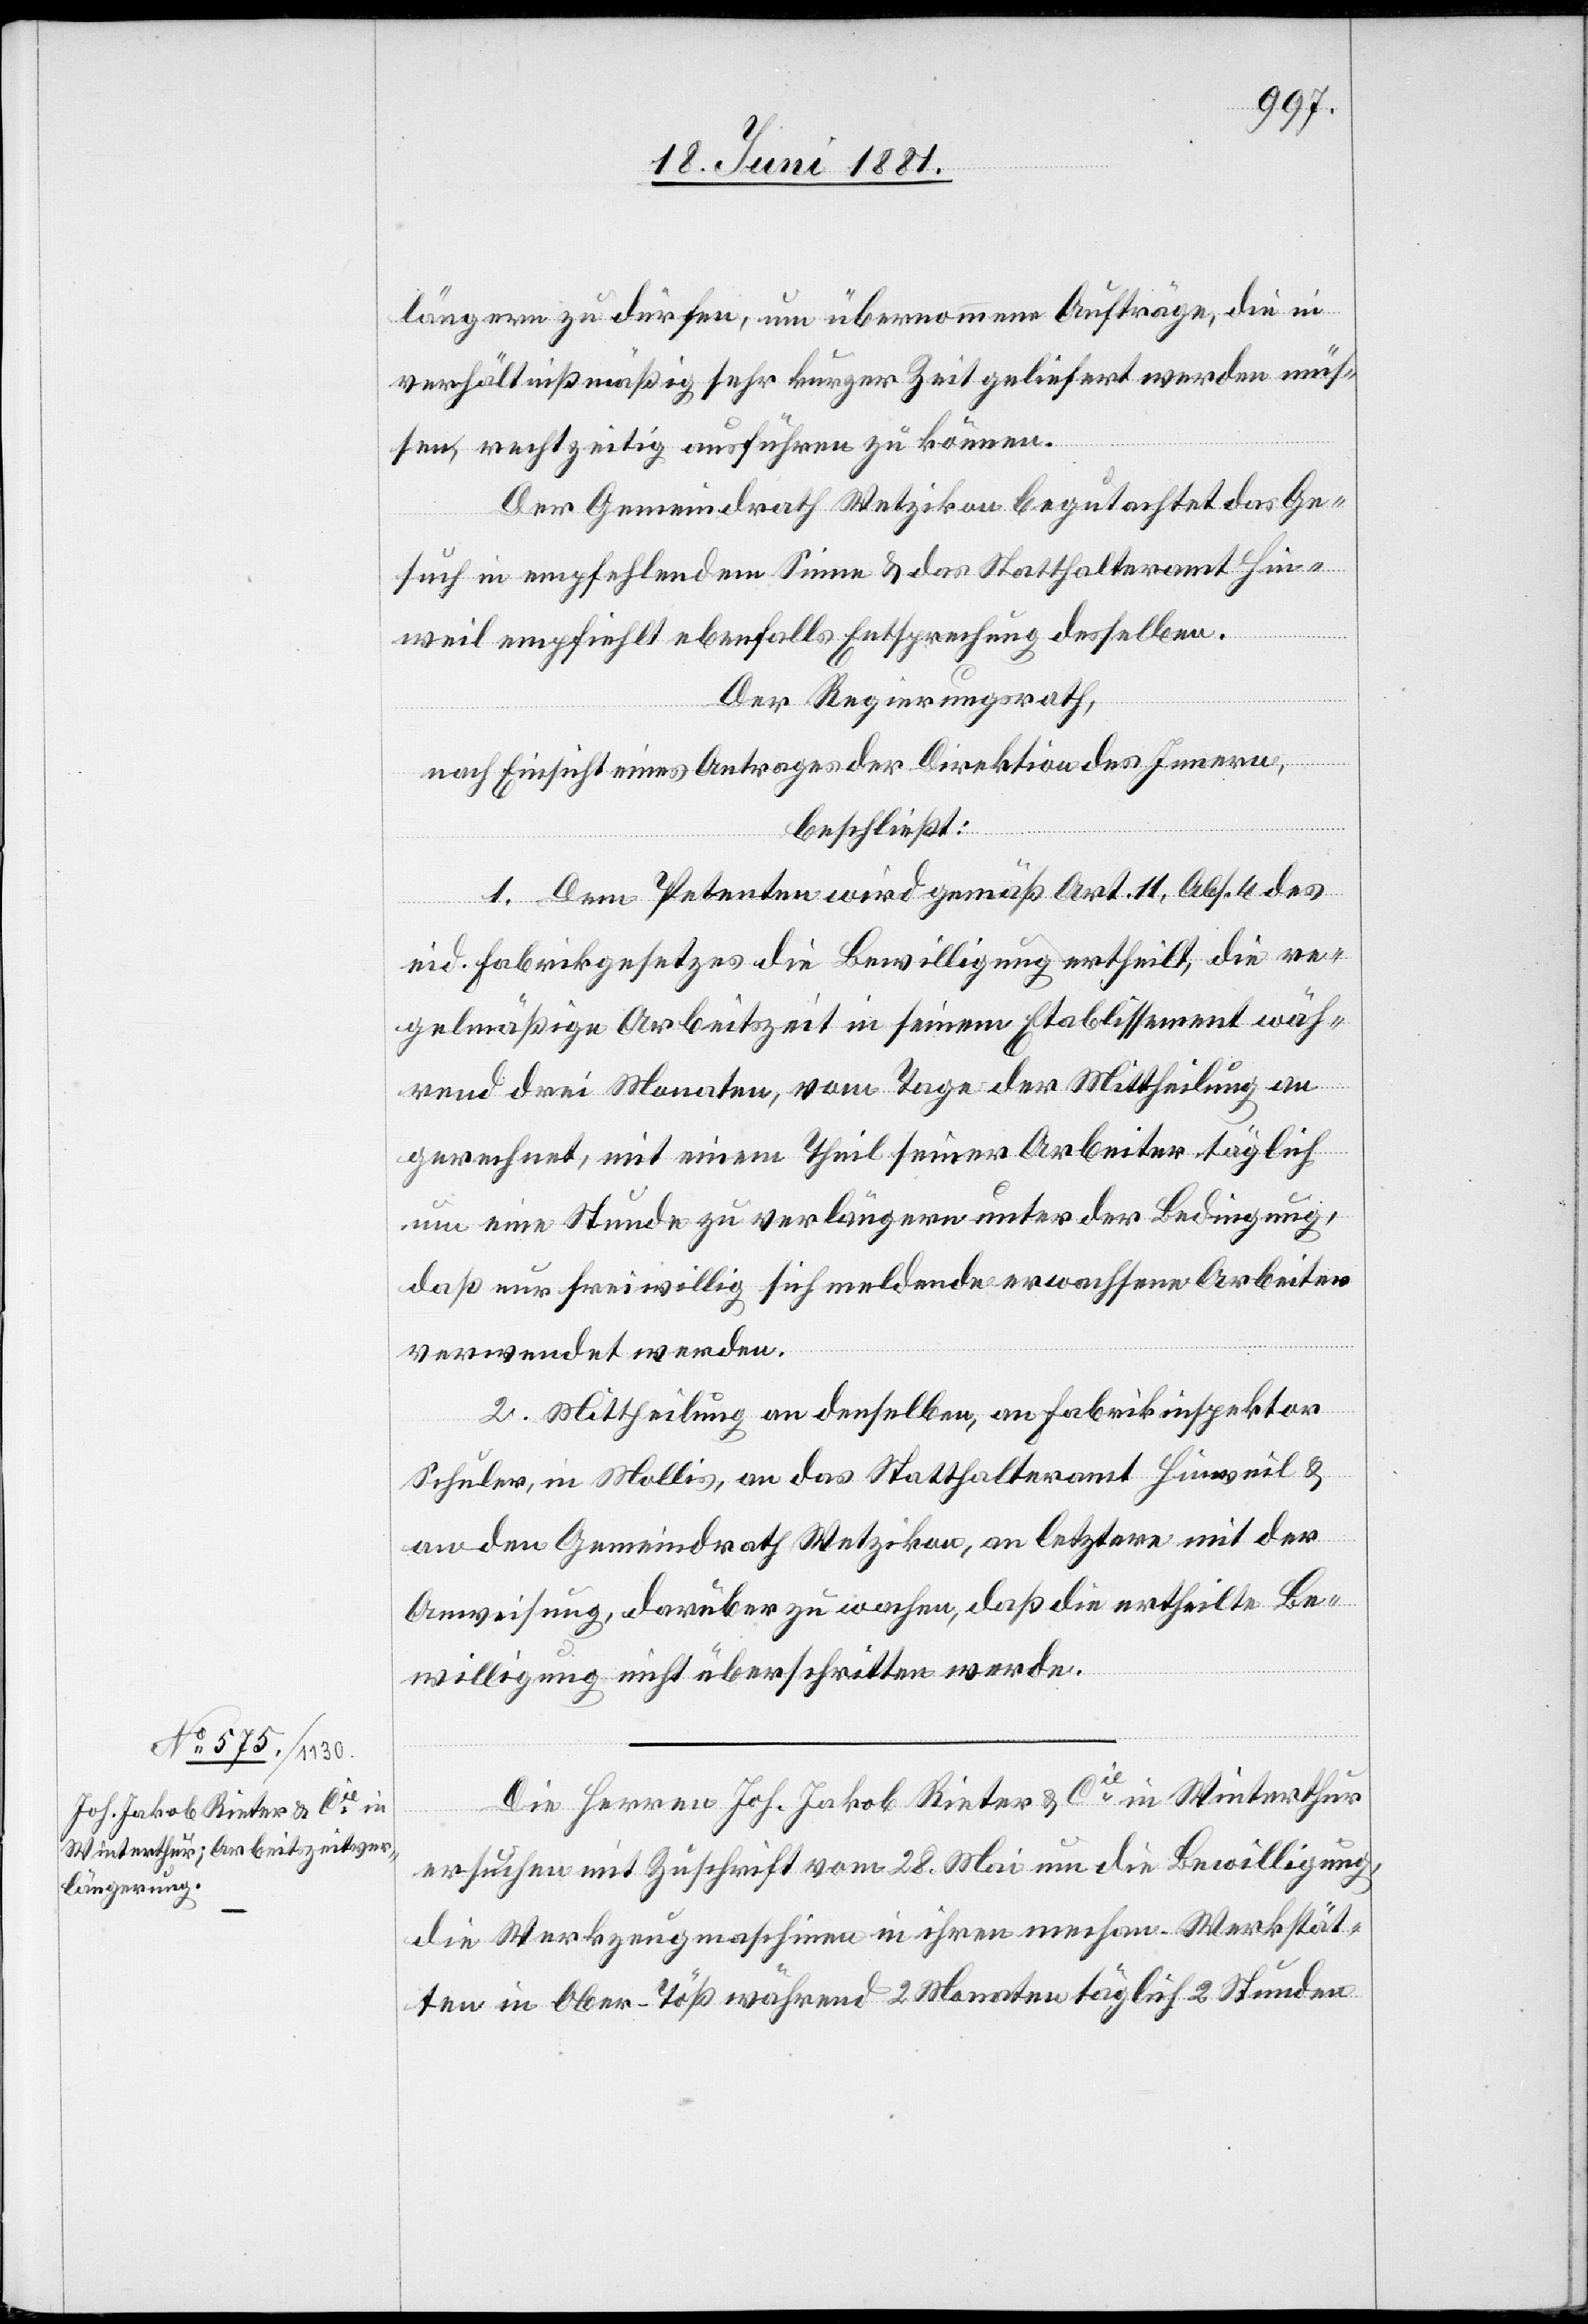
längern zu dürfen, um übernommene Aufträge, die in
verhältnißmäßig sehr kurzer Zeit geliefert werden müs¬
sen, rechtzeitig ausführen zu können.
Der Gemeindrath Wetzikon begutachtet das Ge¬
such in empfehlenden Sinne & das Statthalteramt Hin¬
weil empfiehlt ebenfalls Entsprechung desselben.
Der Regierungsrath,
nach Einsicht eines Antrages der Direktion des Innern,
beschließt:
1. Dem Petenten wird gemäß Art. 11, Abs. 4 des
eid. Fabrikgesetzes die Bewilligung ertheilt, die re¬
gelmäßige Arbeitszeit in seinem Etablissement während
rund drei Monaten, vom Tage der Mittheilung an
gerechnet, mit einem Theil seiner Arbeiter täglich
um eine Stunde zu verlängern unter der Bedingung,
daß nur freiwillig sich meldende erwachsene Arbeiter
verwendet werden.
2. Mittheilung an denselben, an Fabrikinspektor
Schuler, in Mollis, an das Statthalteramt Hinweil &
an den Gemeindrath Wetzikon, an letztere mit der
Anweisung, darüber zu wachen, daß die ertheilte Be¬
willigung nicht überschritten werde.
Die Herren Joh. Jakob Rieter & Cie in Winterthur
ersuchen mit Zuschrift vom 28. Mai um die Bewilligung,
die Werkzeugmaschinen in ihren mechan. Werkstät¬
ten in Ober-Töß während 2 Monaten täglich 2 Stunden